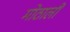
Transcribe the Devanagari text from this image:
मोठालीं